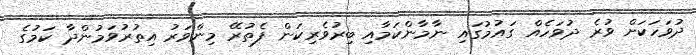
ދުވަހަކަށް ވުރެ ދުވަހެއް ގައުމުގައި ނާމާންކަމާއި ބިރުވެރިކަން ފެތުރޭ މިންވަރު އިތުރުވަމުންދާ ކަމުގެ